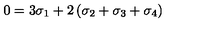
0 = 3 \sigma _ { 1 } + 2 \left( \sigma _ { 2 } + \sigma _ { 3 } + \sigma _ { 4 } \right)